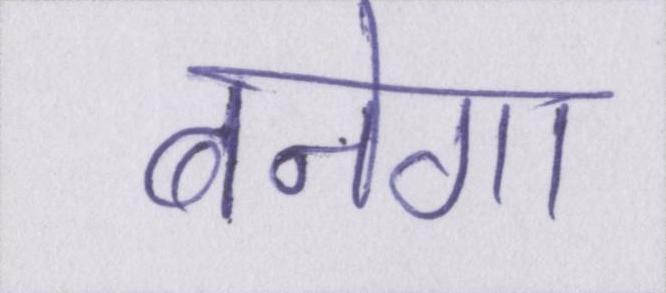
बनेगा